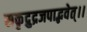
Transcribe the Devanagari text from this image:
सकृद्रुद्रजपाद्भवेत्।।